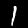
Digit: 1